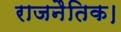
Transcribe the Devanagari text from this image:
राजनैतिक।